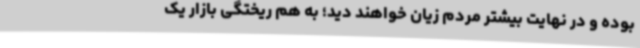
بوده و در نهایت بیشتر مردم زیان خواهند دید؛ به هم ریختگی بازار یک